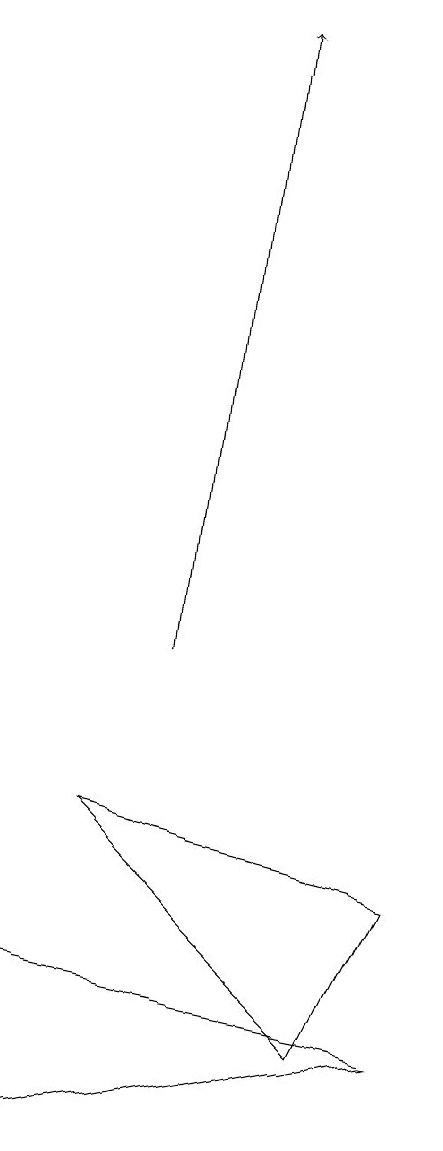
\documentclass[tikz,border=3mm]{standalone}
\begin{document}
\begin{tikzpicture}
\draw (1,5) -- (6,6) -- (1,7) -- cycle;
\draw (5,6) -- (2,9) -- (6,8) -- cycle;
\draw[->] (3,11) -- (4,19);
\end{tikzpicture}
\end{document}